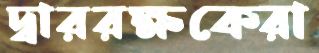
দ্বাররক্ষকেরা